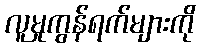
လူမှုကွန်ရက်များကို